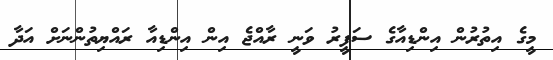
މީގެ އިތުރުން އިންޑިއާގެ ސަފީރު ވަނީ ރާއްޖެ އިން އިންޑިއާ ރައްޔިތުންނަށް އަދާ